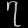
Digit: ၇